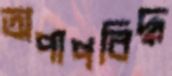
অপাপবিদ্ধ